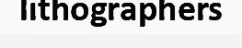
lithographers